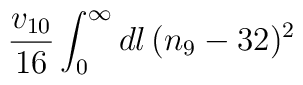
\frac{v_{10}}{16}\int_0^\infty dl\, (n_9 - 32)^2